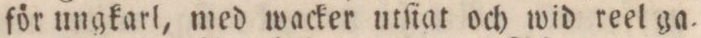
för ungkarl, med wacker utſiat och wid reel ga=